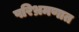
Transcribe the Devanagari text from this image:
परिभ्रमणात